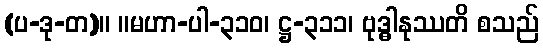
(ပ-ဒု-တ)။ ။မဟာ-ပါ-၃၁၀၊ ဋ္ဌ-၃၁၁၊ ဗုဒ္ဓါနုဿတိ စသည်